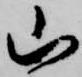
山